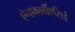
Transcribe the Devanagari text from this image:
ऐनाकार्डीएसिई